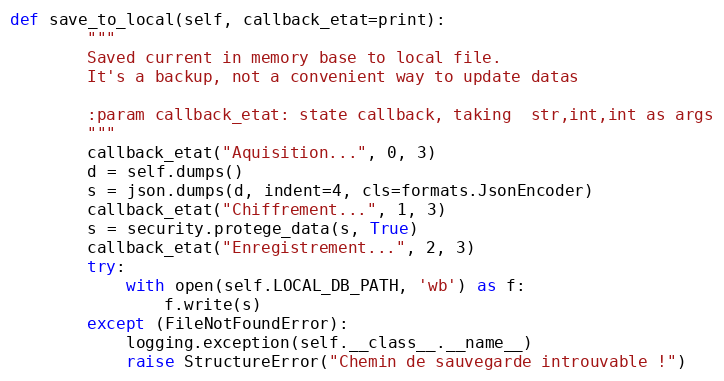
Language: Python
def save_to_local(self, callback_etat=print):
        """
        Saved current in memory base to local file.
        It's a backup, not a convenient way to update datas

        :param callback_etat: state callback, taking  str,int,int as args
        """
        callback_etat("Aquisition...", 0, 3)
        d = self.dumps()
        s = json.dumps(d, indent=4, cls=formats.JsonEncoder)
        callback_etat("Chiffrement...", 1, 3)
        s = security.protege_data(s, True)
        callback_etat("Enregistrement...", 2, 3)
        try:
            with open(self.LOCAL_DB_PATH, 'wb') as f:
                f.write(s)
        except (FileNotFoundError):
            logging.exception(self.__class__.__name__)
            raise StructureError("Chemin de sauvegarde introuvable !")